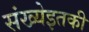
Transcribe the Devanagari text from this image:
संख्येइतकी